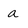
Character: a